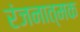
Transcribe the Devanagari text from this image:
रंजनात्मक